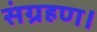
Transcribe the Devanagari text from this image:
संग्रहण।